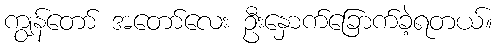
ကျွန်တော် အတော်လေး ဦးနှောက်ခြောက်ခဲ့ရတယ်။